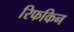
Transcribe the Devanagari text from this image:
रिफकिन